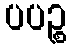
ပပဉ္စ